Leningradi_Edasi_toimetus, lk 86
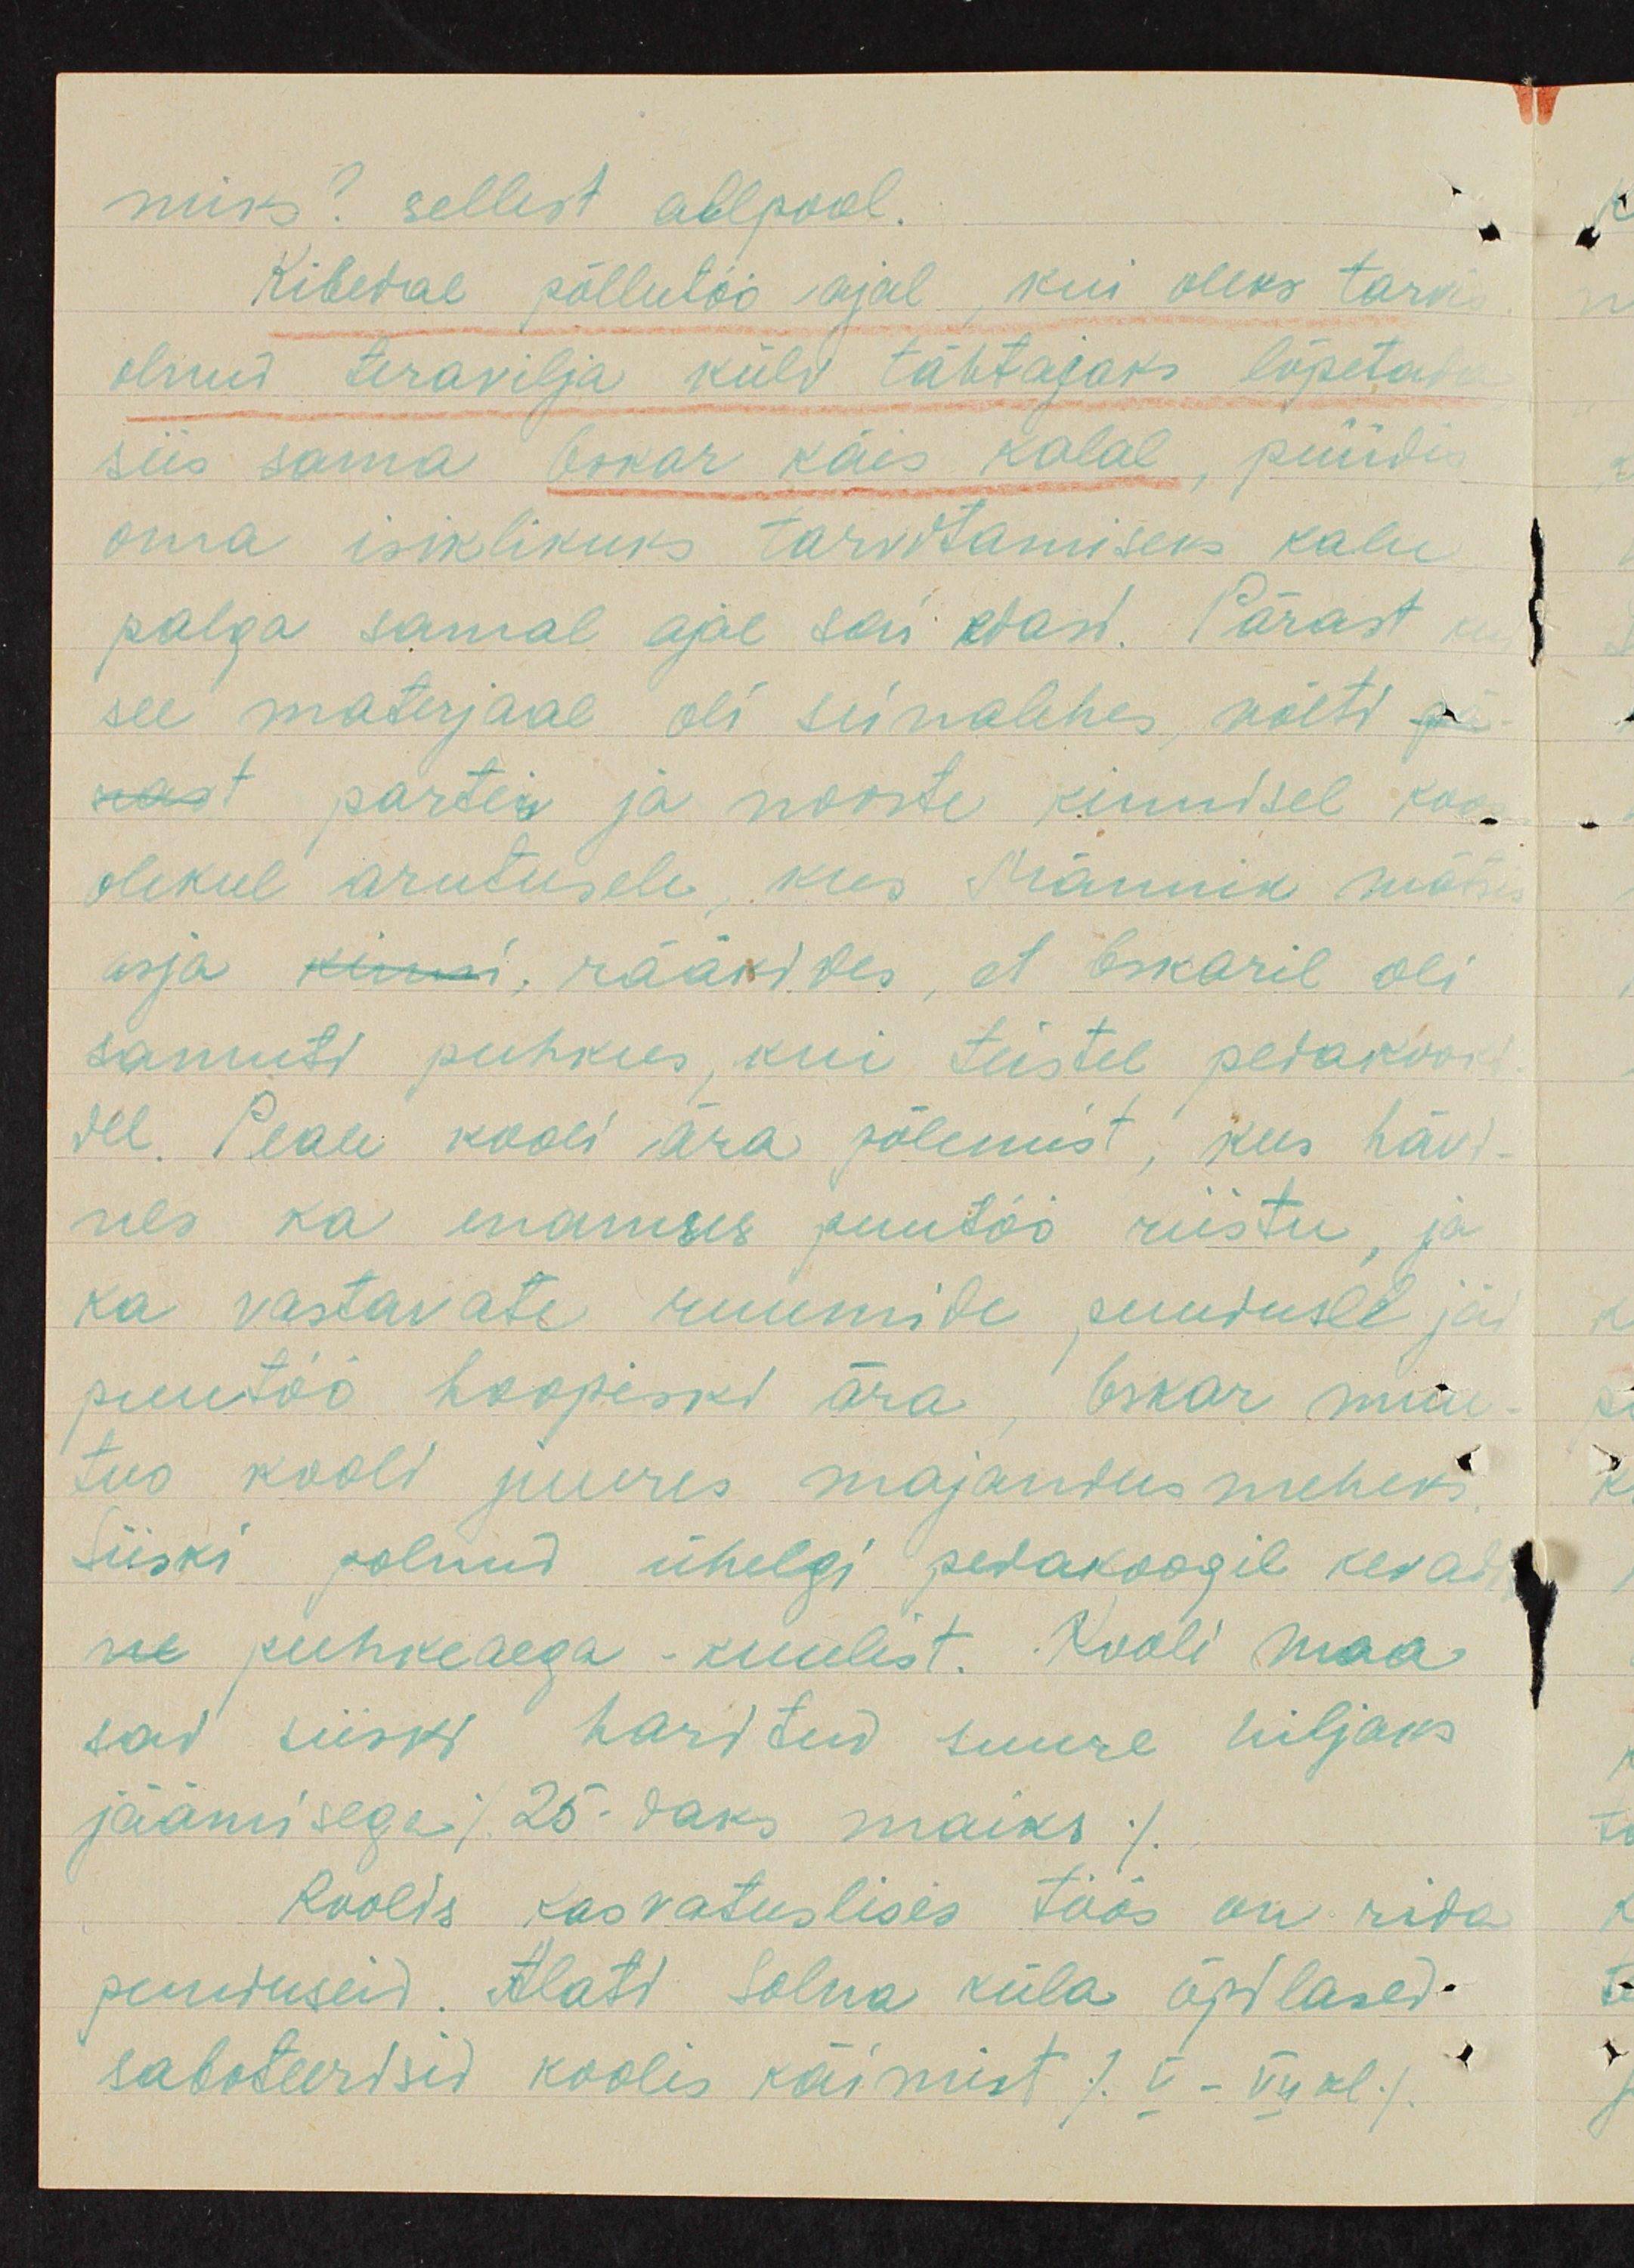
miks? sellest allpool.
Kibedal põllutöö ajal, kui oleks tarvi
olnud teravilja külv tähtajaks lõpetada
siis sama Oskar käis kalal, püüdis
oma isiklikuks tarvitamiseks kalu
palga samal ajal sai edasi. Pärast ja
see materjaal oli seinalehes, võeti pea-
nast partei ja noorte kinnisel koo-
olekul arutusele, kus Männiku mätsis
asja kuni, rääkides, et Oskaril oli
samuti puhkus, kui teistel pedakooki-
del. Peale kooli ära põlemist, kus hävi-
des ka enamuses puutöö riistu ja
ka vastavate ruumide puudusel ja
puutöö hoopiski ära Oskar muu-
tus kooli juures majandus meheks
Siiski polnud ühelgi pedakoogil kevad
ne puhkeaega kuulist. Kooli maa
sad siiski haritud suure hiljaks
jäämisega /25-daks maiks/
Koolis kasvatuslises töös on rida
puuduseid. Alati Solna küla õpilased.
saboteertsid koolis käimist /V - VII kl./.